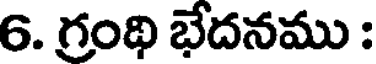
6. గ్రంథి భేదనము :